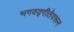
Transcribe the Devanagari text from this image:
भगवद्गीतेवरून